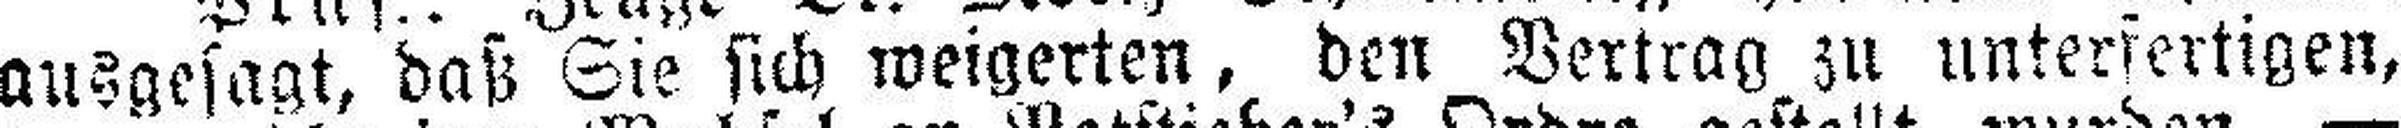
ausgesagt, daß Sie sich weigerten, den Vertrag zu unterfertigen,